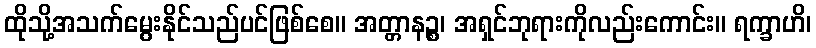
ထိုသို့အသက်မွေးနိုင်သည်ပင်ဖြစ်စေ။ အတ္တာနဉ္စ၊ အရှင်ဘုရားကိုလည်းကောင်း။ ရက္ခာဟိ၊